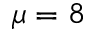
\mu = 8